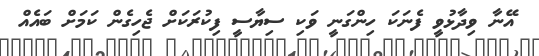
އޭނާ ވިދާޅުވީ ފެނަކަ ހިންގަނީ ވަކި ސިޔާސީ ފިކުރަކަށް ޖެހިގެން ކަމަށް ބައެއް